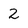
Character: 2